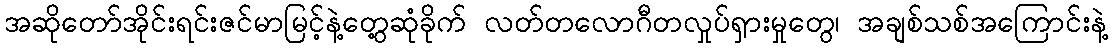
အဆိုတော်အိုင်းရင်းဇင်မာမြင့်နဲ့တွေ့ဆုံခိုက် လတ်တလောဂီတလှုပ်ရှားမှုတွေ၊ အချစ်သစ်အကြောင်းနဲ့